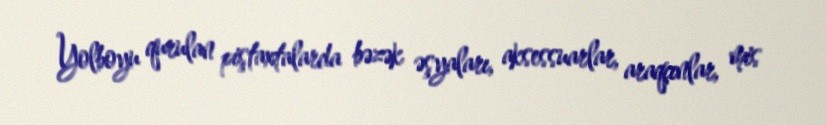
Yolboyu qurulan piştaxtalarda bəzək əşyaları, aksessuarlar, araqçınlar, mis